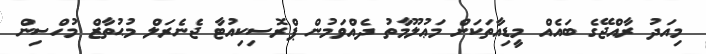
މިއަދު ރާއްޖޭގެ ބައެއް މީޑިއާތަކަށް މަޢުލޫމާތު ދެއްވަމުން ޕްރޮސިކިއުޓާ ޖެެނެރަލް މުޙުތާޒް މުހްސިން